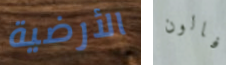
الأرضية فالون